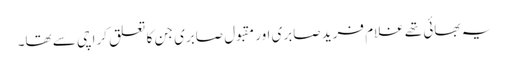
یہ بھائی تھے غلام فرید صابری اور مقبول صابری جن کا تعلق کراچی سے تھا۔